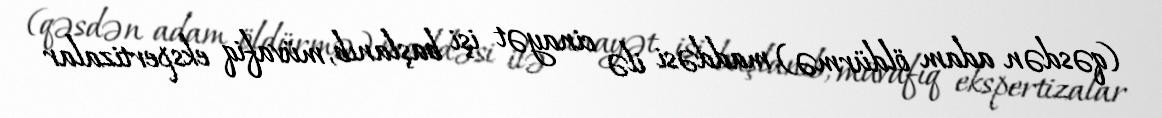
(qəsdən adam öldürmə) maddəsi ilə cinayət işi başlanıb, müvafiq ekspertizalar